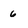
Character: 6